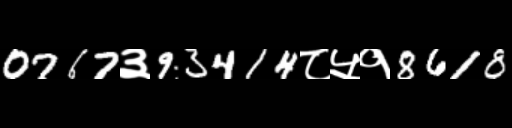
Text: 0767३93414८५१8618